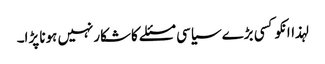
لہذاانکوکسی بڑے سیاسی مسئلے کاشکارنہیں ہونا پڑا۔